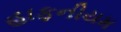
હાફનીયમ